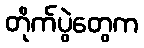
တိုက်ပွဲတွေက